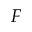
F